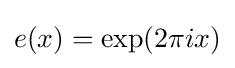
e(x)=\exp(2\pi ix)